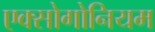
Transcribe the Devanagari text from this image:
एक्सोगोनियम